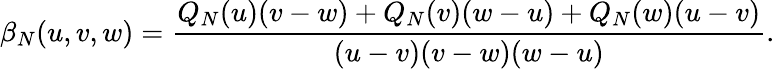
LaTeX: \beta_{N}(u,v,w)={\frac{Q_{N}(u)(v-w)+Q_{N}(v)(w-u)+Q_{N}(w)(u-v)}{(u-v)(v-w)(w-u)}}.